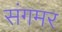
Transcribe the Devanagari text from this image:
संगमर